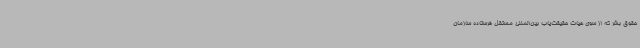
حقوق بشر که از سوی هیات حقیقت‌یاب بین‌المللی مستقل فرستاده سازمان